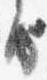
房